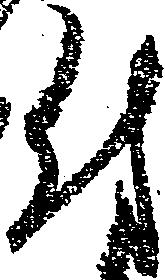
付